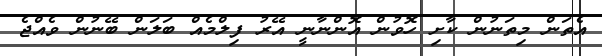
އެތަން މިތަނުން ކާށި ހޮވުން އޮންނާނީ އޭރު ފިލްމެއް ބަލަން ބޭނުން ވެއްޖެ